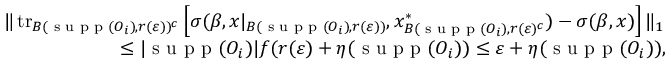
\begin{array} { r l } & { \| \operatorname { t r } _ { B ( \textrm { s u p p } ( O _ { i } ) , r ( \varepsilon ) ) ^ { c } } \left[ \sigma ( \beta , x | _ { B ( \textrm { s u p p } ( O _ { i } ) , r ( \varepsilon ) ) } , x _ { B ( \textrm { s u p p } ( O _ { i } ) , r ( \varepsilon ) ^ { c } } ^ { * } ) - \sigma ( \beta , x ) \right] \| _ { 1 } } \\ & { \qquad \qquad \qquad \leq | \textrm { s u p p } ( O _ { i } ) | f ( r ( \varepsilon ) + \eta ( \textrm { s u p p } ( O _ { i } ) ) \leq \varepsilon + \eta ( \textrm { s u p p } ( O _ { i } ) ) , } \end{array}